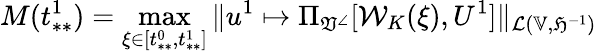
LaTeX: M(t_{**}^{1})=\operatorname*{max}_{\xi\in[t_{**}^{0},t_{**}^{1}]}\| u^{1}\mapsto\Pi_{\mathfrak{V}^{\angle}}[\mathcal{W}_{K}(\xi),U^{1}]\| _{\mathcal{L}(\mathbb{V},\mathfrak{H}^{-1})}